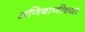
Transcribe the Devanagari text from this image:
अणिबाणीच्या